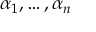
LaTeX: \alpha _ { 1 } , \ldots , \alpha _ { n }